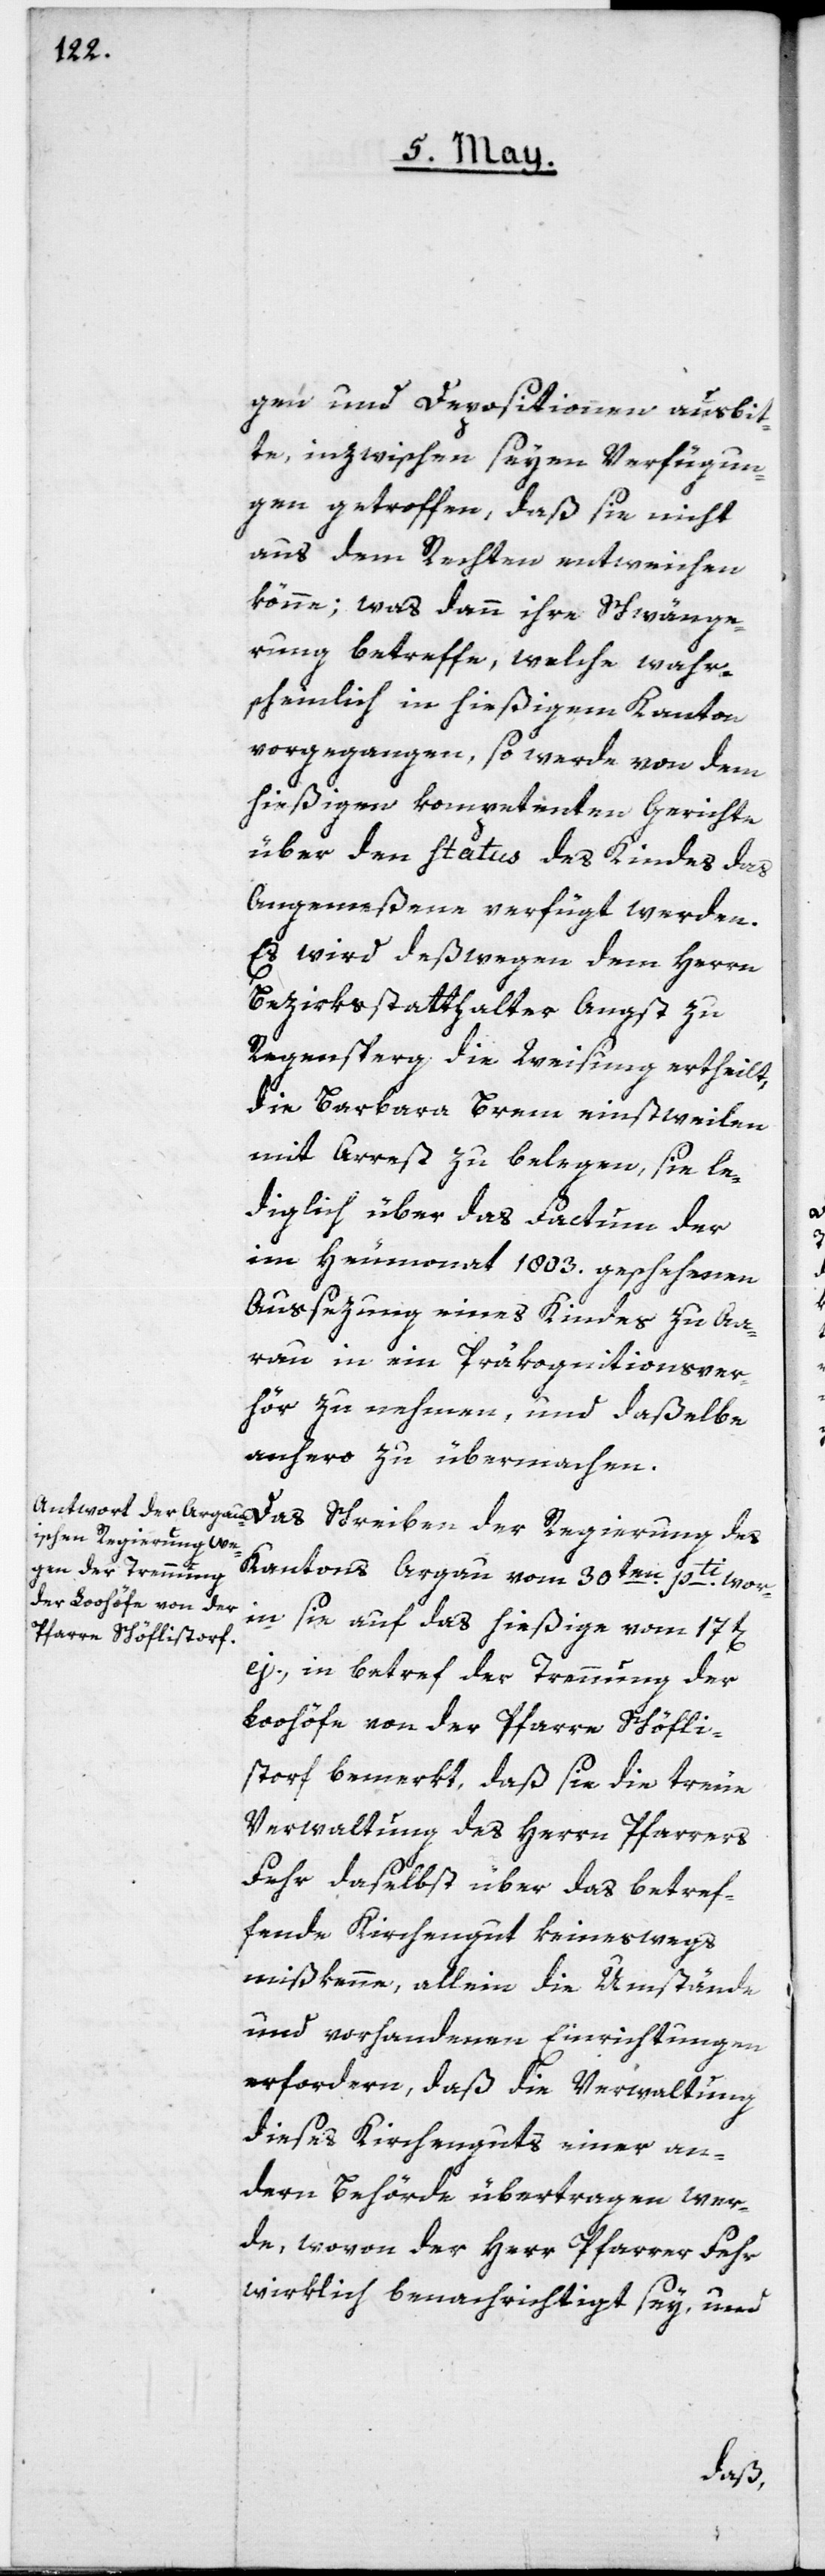
gen und Depositionen ausbit¬
te, inzwischen seyen Verfügun¬
gen getroffen, daß sie nicht
aus dem Rechten entweichen
könne; was dann ihre Schwänge¬
rung betreffe, welche wahr¬
scheinlich in hießigem Kanton
vorgegangen, so werde von dem
hießigen kompetenten Gerichte
über den Status des Kindes das
Angemeßene verfügt werden.
Es wird deßwegen dem Herrn
Bezirkßtatthalter Angst zu
Regensperg die Weisung ertheilt,
die Barbara Brem einstweilen
mit Arrest zu belegen, sie le¬
diglich über das Factum der
im Heumonat 1803. geschehenen
Aussezung eines Kindes zu Aa¬
rau in ein Präkognitionsver¬
hör zu nehmen, und daßelbe
anhero zu übermachen.
Kantons Argau vom 30ten pti, wor¬
in sie auf das hießige vom 17t[en]
ej., in betref der Trennung der
Loohöfe von der Pfarre Schöffli¬
storf bemerkt, daß sie die treue
Verwaltung des Herrn Pfarrers
Fehr daselbst über das betref¬
fende Kirchengut keineswegs
mißkenne, allein die Umstände
und vorhandenen Einrichtungen
erfordern, daß die Verwaltung
dieses Kirchenguts einer an¬
dern Behörde übertragen wer¬
de, wovon der Herr Pfarrer Fehr
wirklich benachrichtigt sey, und
des